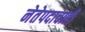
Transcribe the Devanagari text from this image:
नेतेपदाचाही